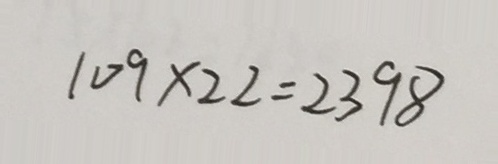
1 0 9 \times 2 2 = 2 3 9 8